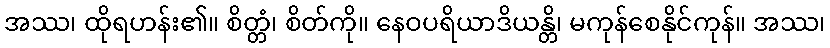
အဿ၊ ထိုရဟန်း၏။ စိတ္တံ၊ စိတ်ကို။ နေဝပရိယာဒိယန္တိ၊ မကုန်စေနိုင်ကုန်။ အဿ၊